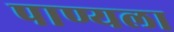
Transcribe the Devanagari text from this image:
पाण्यला